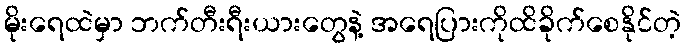
မိုးရေထဲမှာ ဘက်တီးရီးယားတွေနဲ့ အရေပြားကိုထိခိုက်စေနိုင်တဲ့